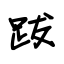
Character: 跋